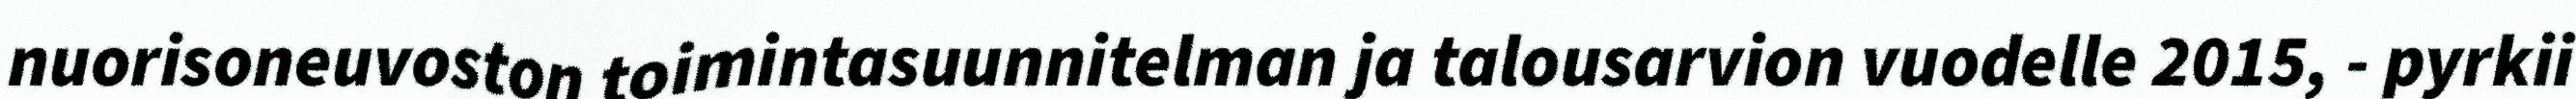
nuorisoneuvoston toimintasuunnitelman ja talousarvion vuodelle 2015, - pyrkii